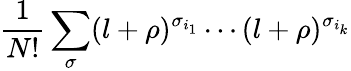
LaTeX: \frac{1}{N!}\sum_{\sigma}(l+\rho)^{\sigma_{i_{1}}}\cdots(l+\rho)^{\sigma_{i_{k}}}